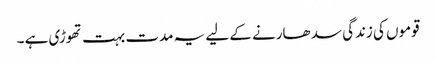
قوموں کی زندگی سد ھارنے کے لیے یہ مدت بہت تھوڑی ہے ۔